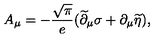
A _ { \mu } = - { \frac { \sqrt { \pi } } { e } } ( \widetilde \partial _ { \mu } \sigma + \partial _ { \mu } \widetilde \eta ) ,